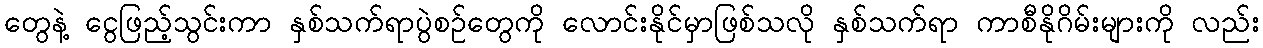
တွေနဲ့ ငွေဖြည့်သွင်းကာ နှစ်သက်ရာပွဲစဉ်တွေကို လောင်းနိုင်မှာဖြစ်သလို နှစ်သက်ရာ ကာစီနိုဂိမ်းများကို လည်း